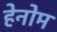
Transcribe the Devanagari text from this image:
हेनोम